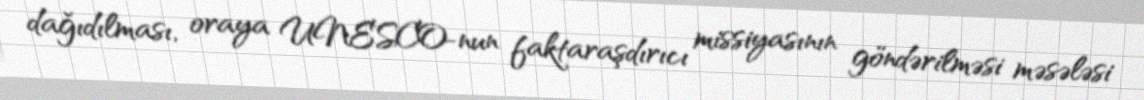
dağıdılması, oraya UNESCO-nun faktaraşdırıcı missiyasının göndərilməsi məsələsi